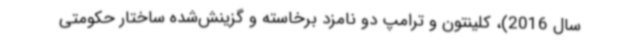
سال 2016)، کلینتون و ترامپ دو نامزد برخاسته و گزینش‌شده ساختار حکومتی